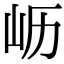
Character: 𫵷